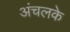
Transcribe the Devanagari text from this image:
अंचलके